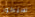
سيكون